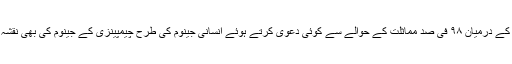
ہونا یہ چاہیے تھا کہ انسان اور چیمپینزی کی جینیاتی بناوٹ کے درمیان ۹۸ فی صد مماثلت کے حوالے سے کوئی دعویٰ کرتے ہوئے انسانی جینوم کی طرح چیمپینزی کے جینوم کی بھی نقشہ کشی کی جاتی او رپھر دونوں کے جینوم کا موازنہ کیا جاتا۔